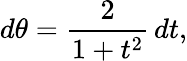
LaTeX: d\theta={\frac{2}{1+t^{2}}}\, dt,